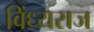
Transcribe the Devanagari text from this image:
विंध्यराज